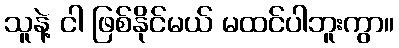
သူနဲ့ ငါ ဖြစ်နိုင်မယ် မထင်ပါဘူးကွာ။